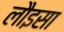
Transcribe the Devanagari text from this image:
लौइसा